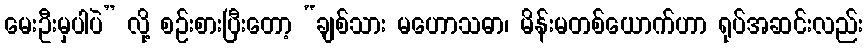
မေးဦးမှပါပဲ” လို့ စဉ်းစားပြီးတော့ “ချစ်သား မဟောသဓာ၊ မိန်းမတစ်ယောက်ဟာ ရုပ်အဆင်းလည်း